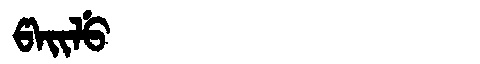
Manchu: ᡦᠠᡳᠯᡠ
Romanization: PAILU